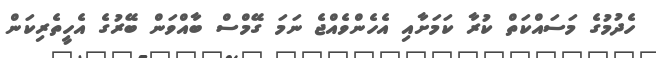
ހެދުމުގެ މަސައްކަތް ކުރާ ކަމަށާއި އެހެންވެއްޖެ ނަމަ ގޭމްސް ބާއްވަން ބޭރުގެ އެހީތެރިކަން